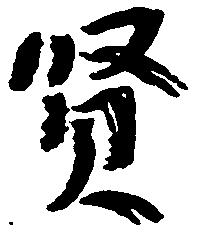
賢